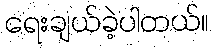
ရေးချယ်ခဲ့ပါတယ်။